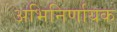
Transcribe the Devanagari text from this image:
अभिनिर्णायक